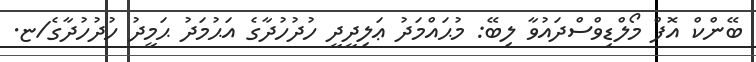
ބޭންކް އޮފް މޯލްޑިވްސްދައުވާ ލިބޭ: މުޙައްމަދު ޢަލިދީދީ ހުދުހުދާގެ އަޙުމަދު ޙަމީދު ހުދުހުދާގެ/ޏ.